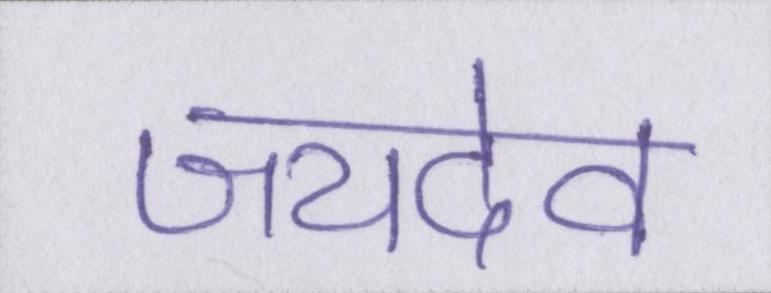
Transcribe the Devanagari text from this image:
जयदेव